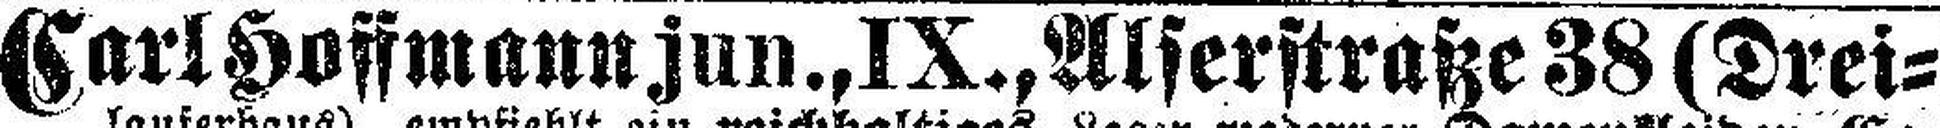
Carl Hoffmann jun., IX., Alserstraße 38 (Drei¬